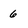
Character: 6